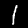
Digit: 1